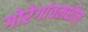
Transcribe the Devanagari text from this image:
गोरेगांवमधील